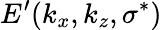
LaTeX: E^{\prime}(k_{x},k_{z},\sigma^{*})